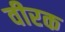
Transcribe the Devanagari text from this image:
वीरक